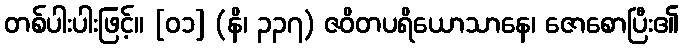
တစ်ပါးပါးဖြင့်။ [၀၁] (နိ၊ ၃၃၇) ဇဝိတပရိယောသာနေ၊ ဇောစောပြီး၏